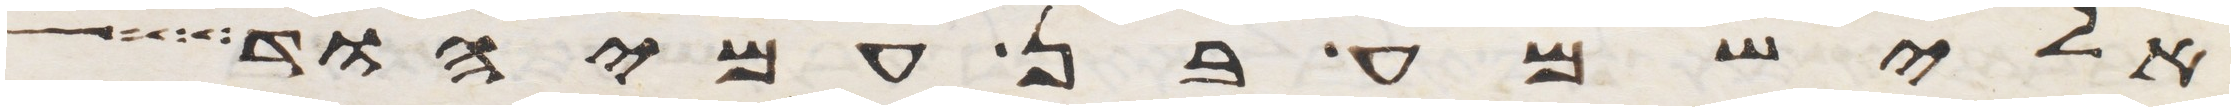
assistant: אלישמע בן עמיהוד